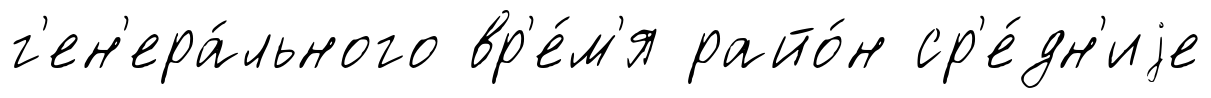
г'ен'ера́льного вр'е́м'я райо́н ср'е́дн'иjе